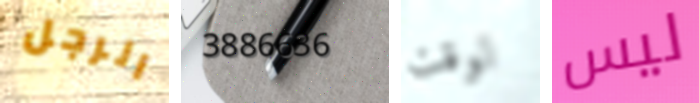
الرجل 3886636 لوقت ليس